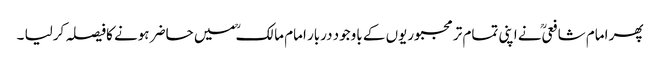
پھر امام شافعیؒ نے اپنی تمام تر مجبوریوں کے باوجود دربار امام مالکؒ میں حاضر ہونے کافیصلہ کرلیا ۔